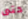
حتى